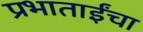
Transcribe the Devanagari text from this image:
प्रभाताईंचा